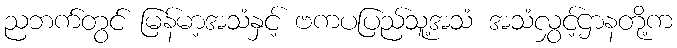
ညဘက်တွင် မြန်မာ့အသံနှင့် ဗကပပြည်သူ့အသံ အသံလွှင့်ဌာနတို့က